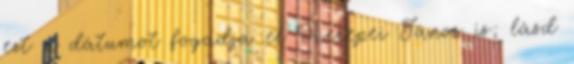
ezt a dátumot fogadja el Herepei János is; lásd